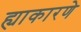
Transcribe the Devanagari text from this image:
ह्याकारणे